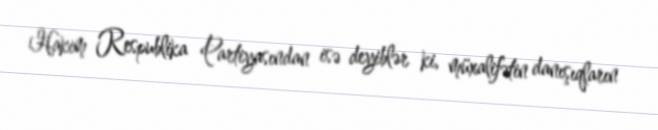
Hakim Respublika Partiyasından isə deyiblər ki, müxalifətin danışıqların